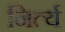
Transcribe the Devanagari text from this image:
निर्त्य